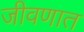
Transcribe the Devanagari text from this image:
जीवणात